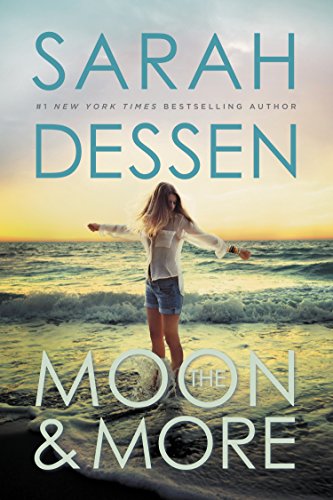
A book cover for The Moon and More; Sarah Dessen; Teen & Young Adult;